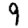
Digit: 9